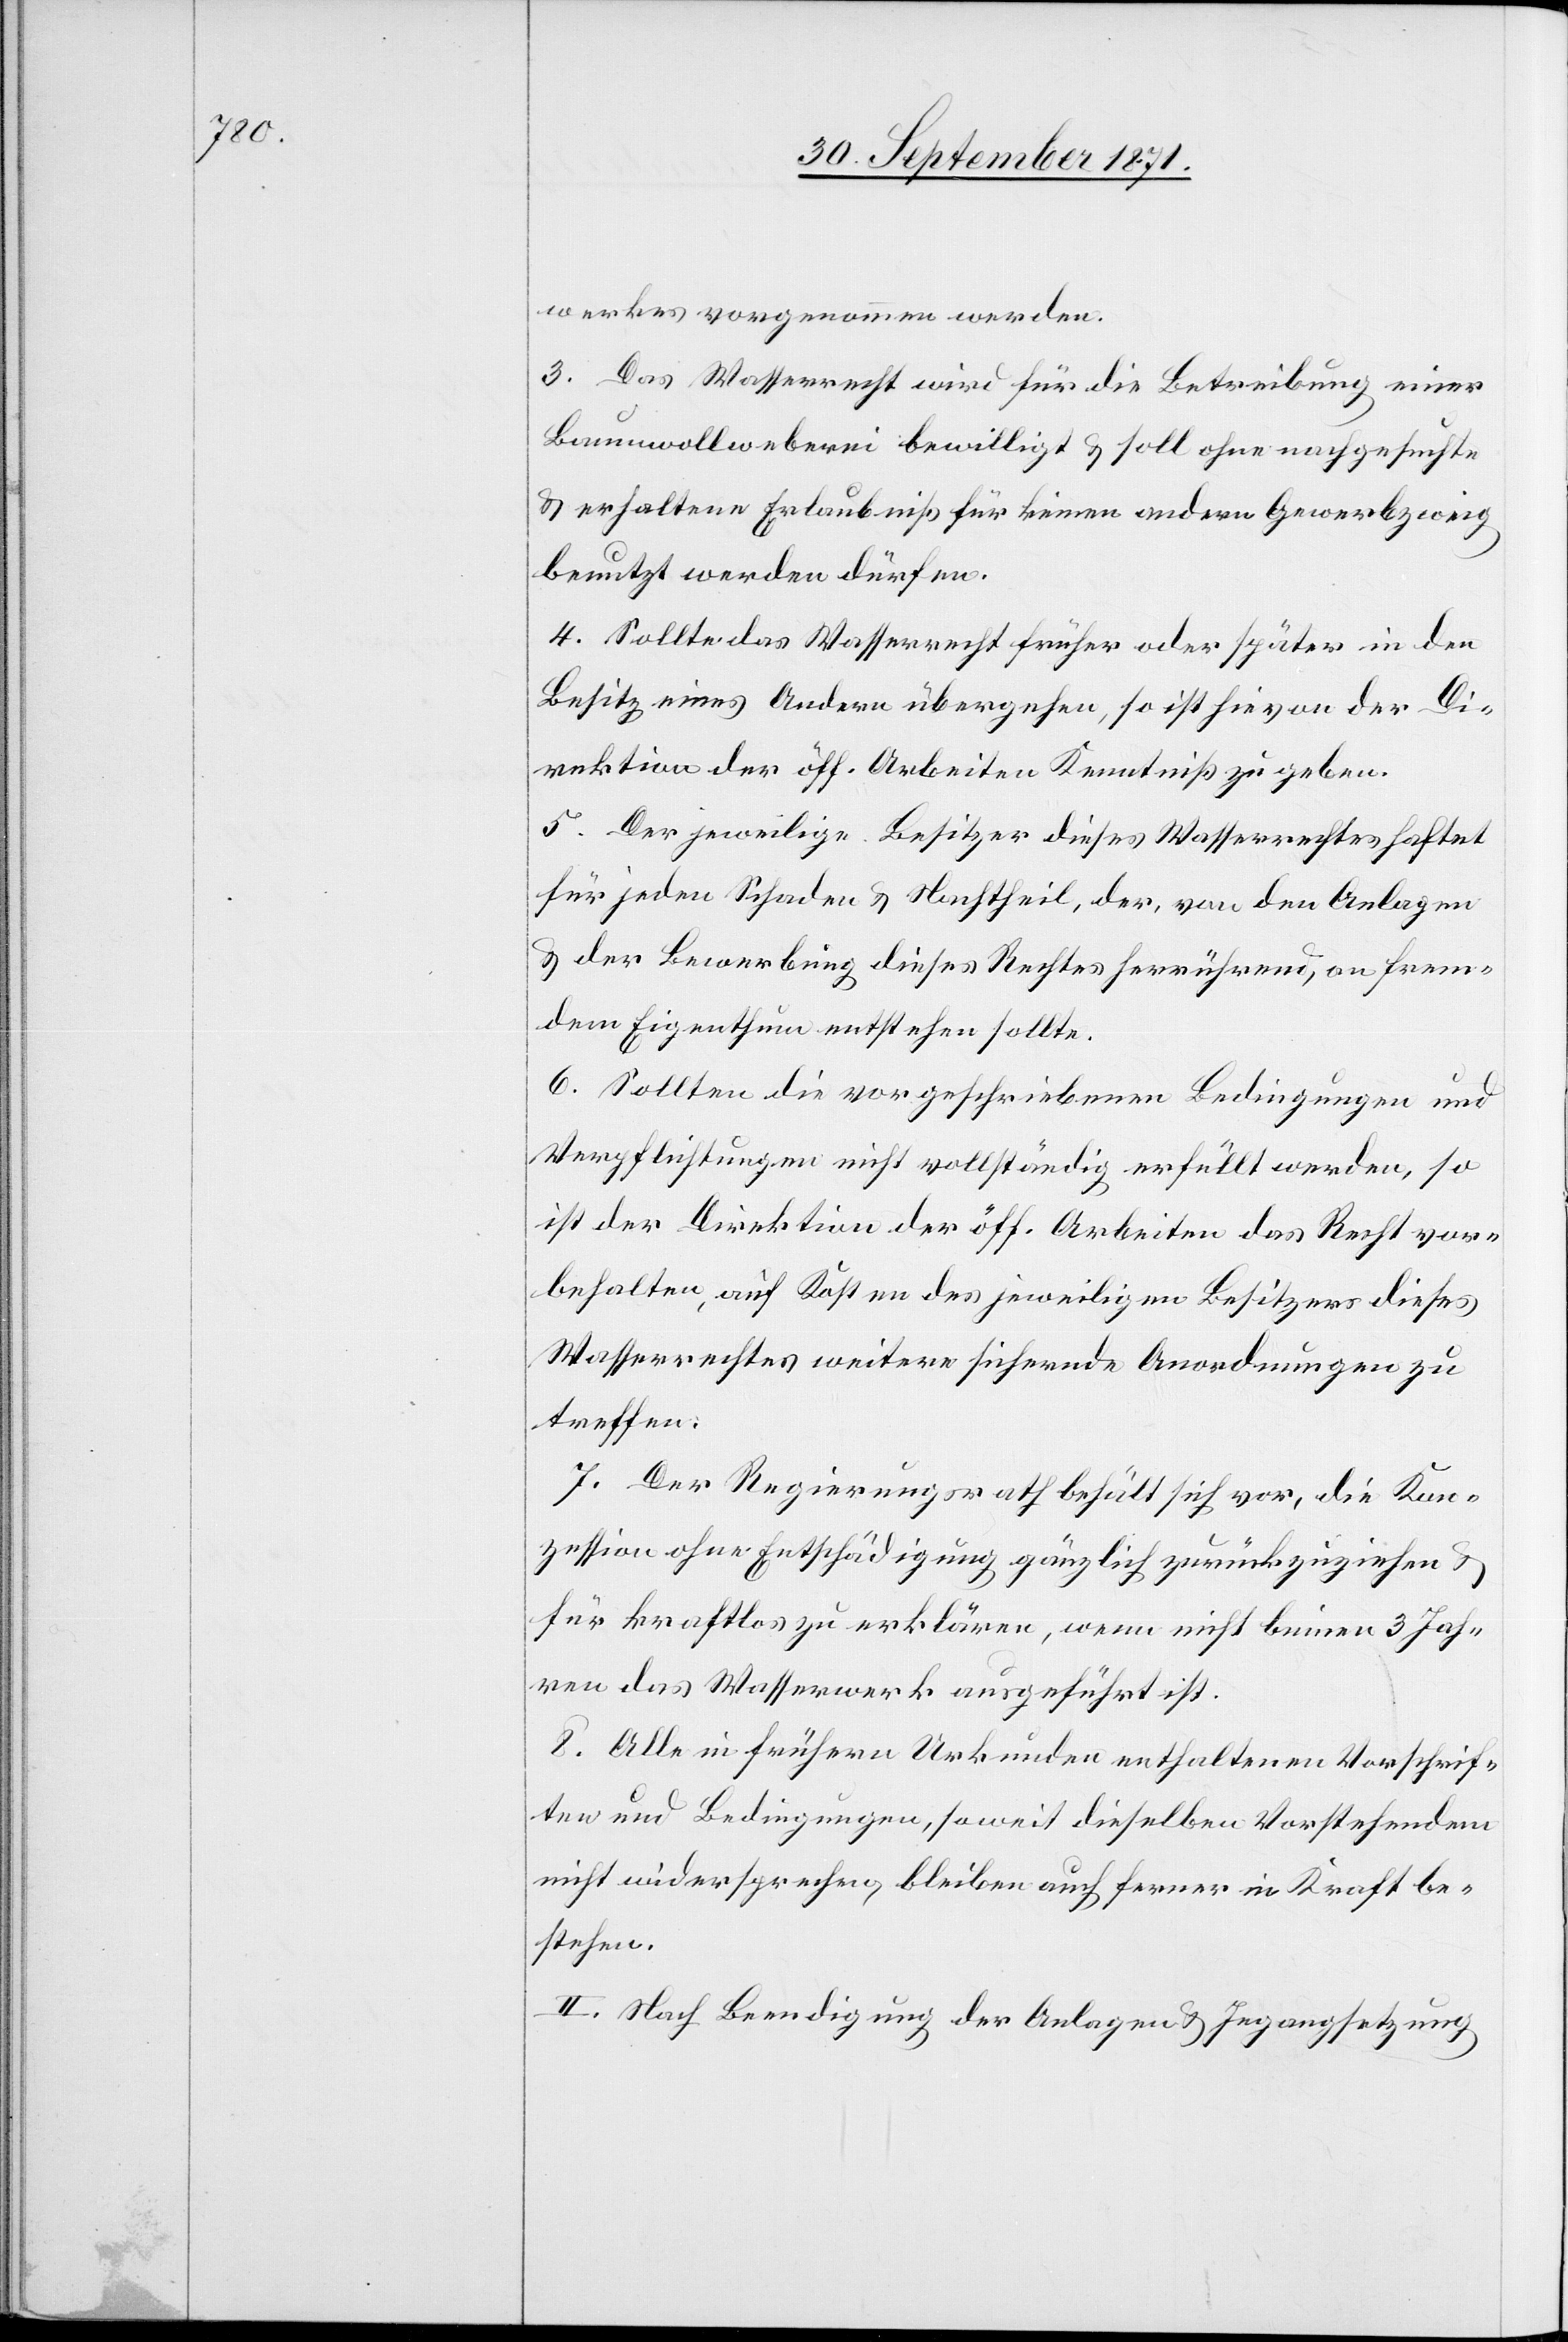
werkes vorgenommen werden.
3. Das Wasserrecht wird für die Betreibung einer
Baumwollweberei bewilligt & soll ohne nachgesuchte
& erhaltene Erlaubniß für keinen anderen Gewerbzweig
benutzt werden dürfen.
4. Sollte das Wasserrecht früher oder später in den
Besitz eines Andern übergehen, so ist hievon der Di¬
rektion der öff. Arbeiten Kenntniß zu geben.
5. Der jeweilige Besitzer dieses Wasserrechtes haftet
für jeden Schaden & Nachtheil, der, von den Anlagen
& der Bewerbung dieses Rechtes herrührend, an frem¬
dem Eigenthum entstehen sollte.
6. Sollten die vorgeschriebenen Bedingungen und
Verpflichtungen nicht vollständig erfüllt werden, so
ist der Direktion der öff. Arbeiten das Recht vor¬
behalten, auf Kosten des jeweiligen Besitzers dieses
Wasserrechtes weitere sichernde Anordnungen zu
treffen.
7. Der Regierungsrath behält sich vor, die Kon¬
zession ohne Entschädigung gänzlich zurückzuziehen &
für kraftlos zu erklären, wenn nicht binnen 3 Jah¬
ren das Wasserwerk ausgeführt ist.
8. Alle in frühern Urkunden enthaltenen Vorschrif¬
ten und Bedingungen, soweit dieselben Vorstehenden
nicht widersprechen, bleiben auch ferner in Kraft be¬
stehen.
II. Nach Beendigung der Anlagen & Ingangsetzung